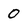
Character: O